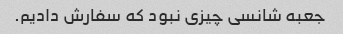
جعبه شانسی چیزی نبود که سفارش دادیم.